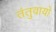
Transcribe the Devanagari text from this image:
तंतुवायो